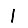
Digit: 1